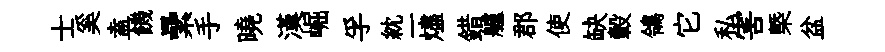
士奚盍饑纍手曉漢崛孚紞一燼錯艫郡使缺轂鴒它私害槩盆